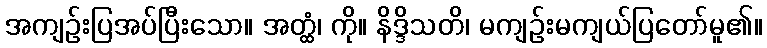
အကျဉ်းပြအပ်ပြီးသော။ အတ္ထံ၊ ကို။ နိဒ္ဒိသတိ၊ မကျဉ်းမကျယ်ပြတော်မူ၏။